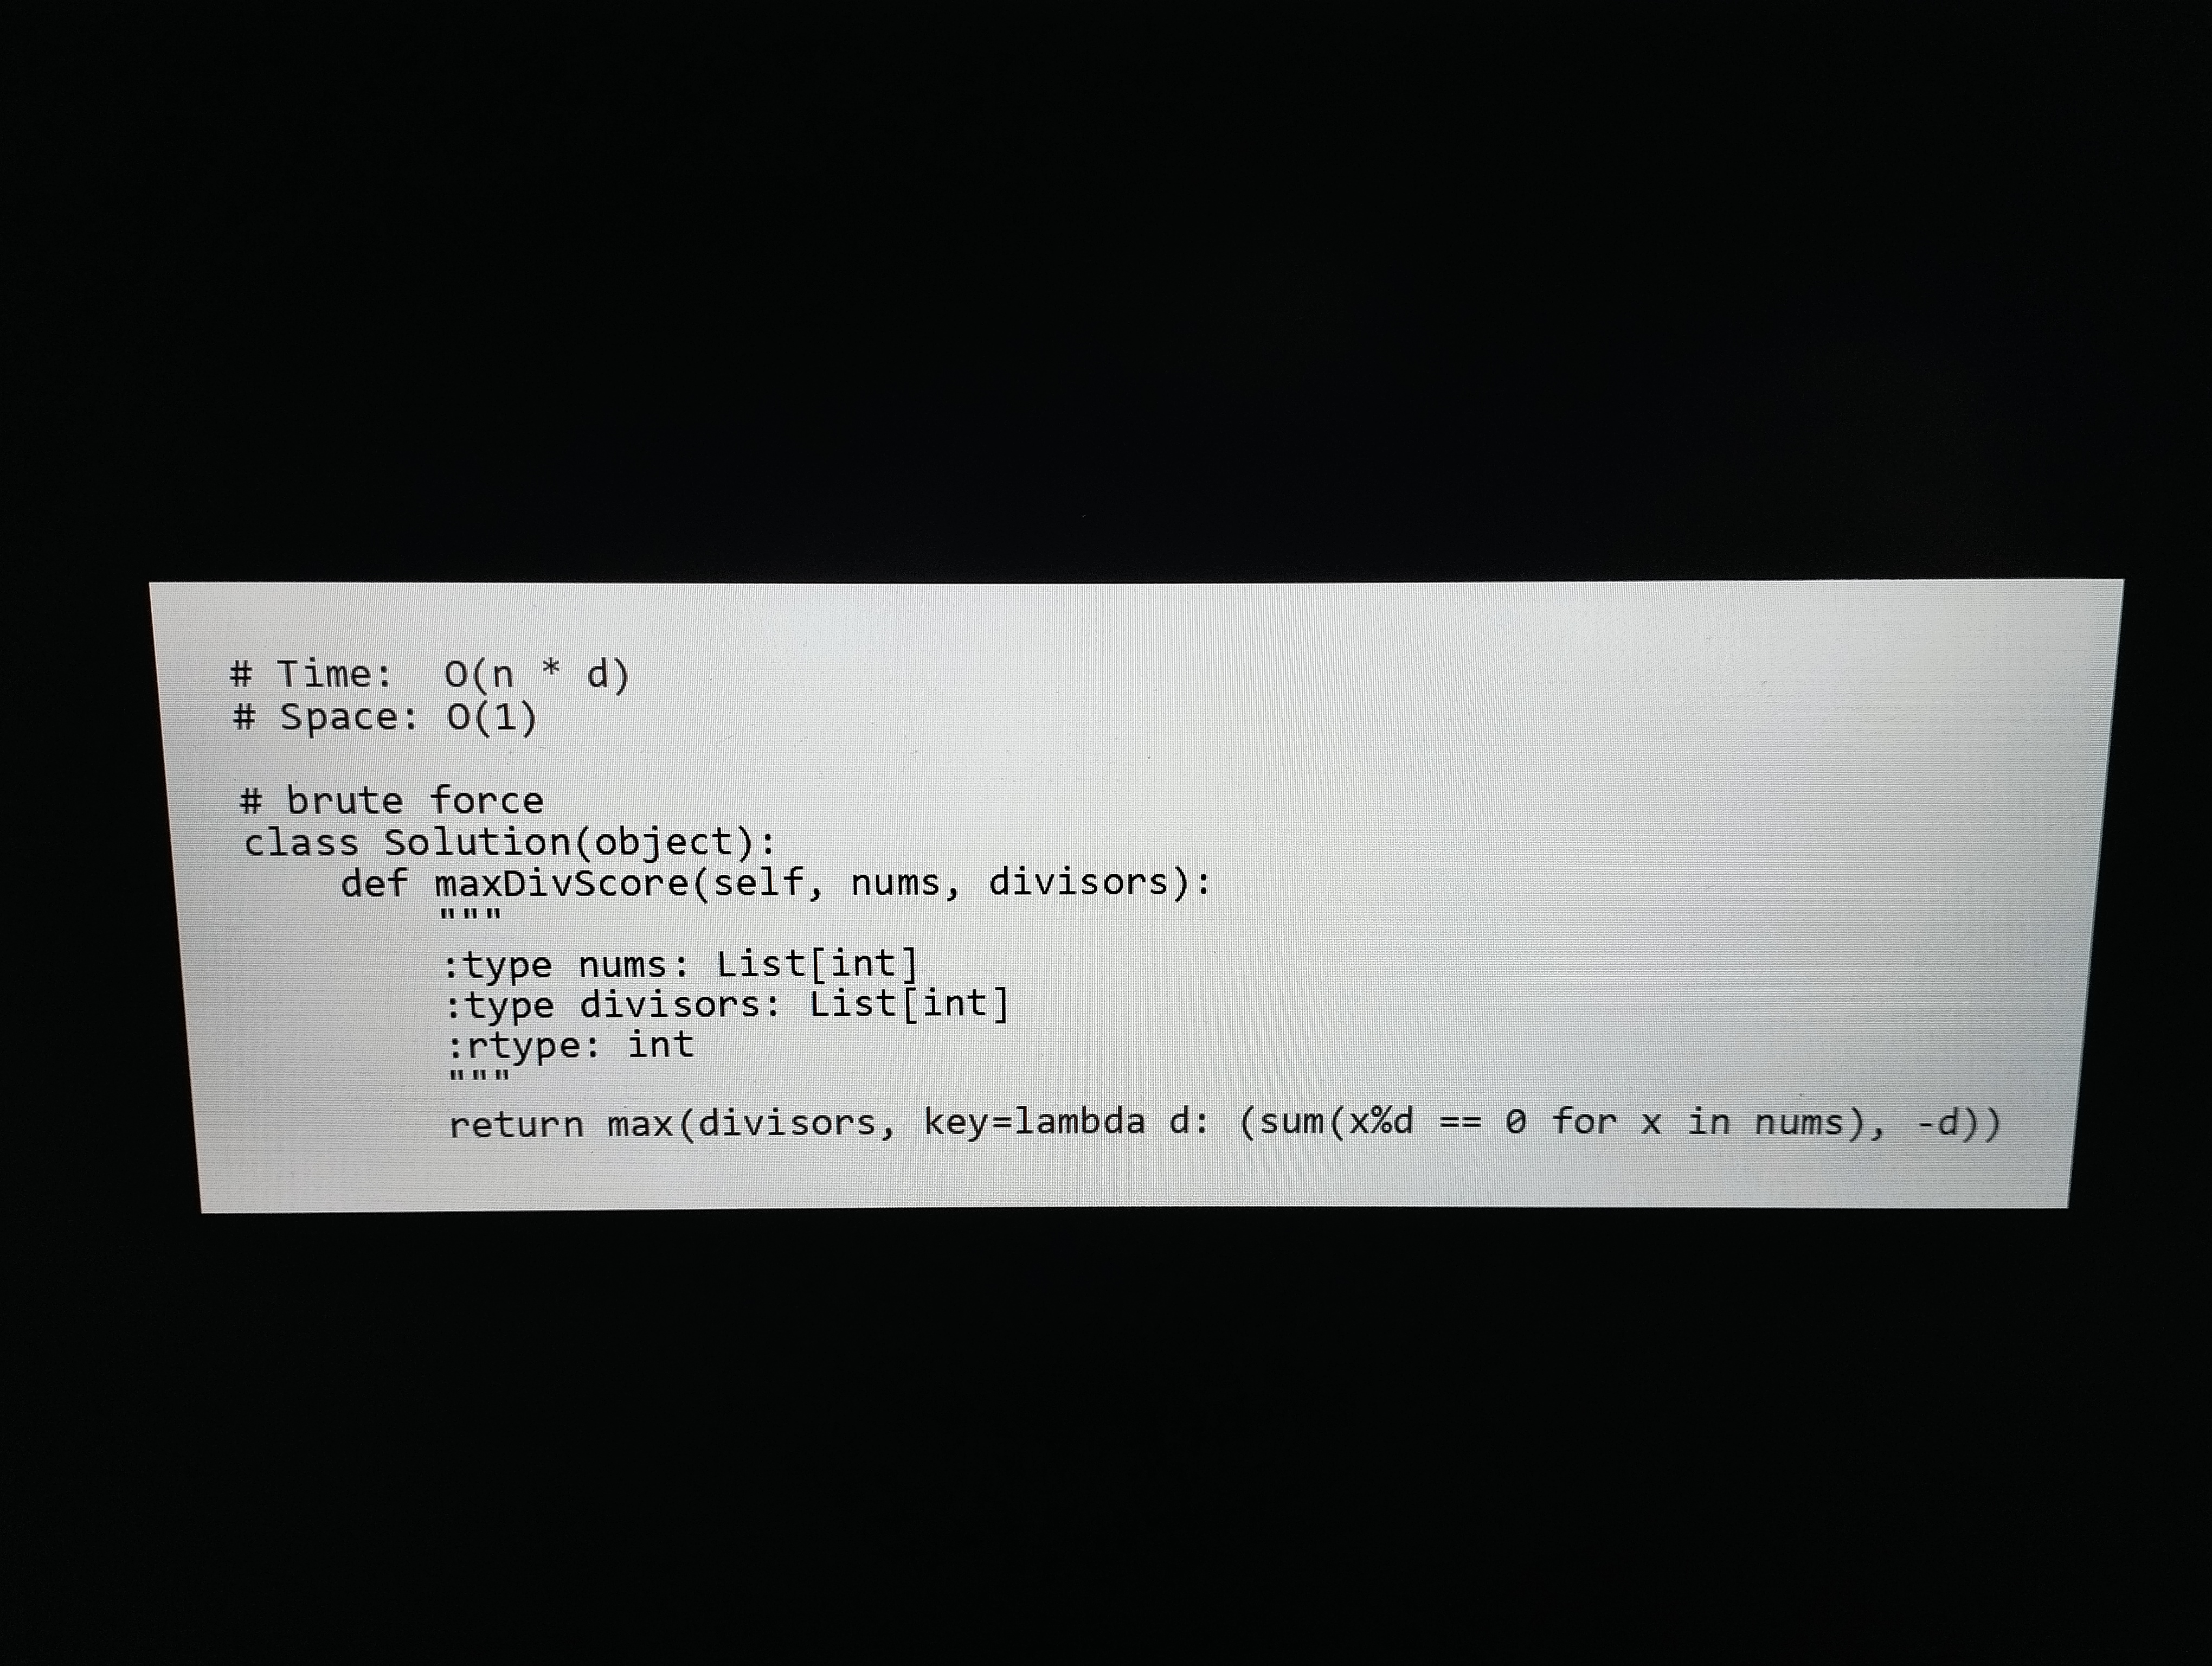
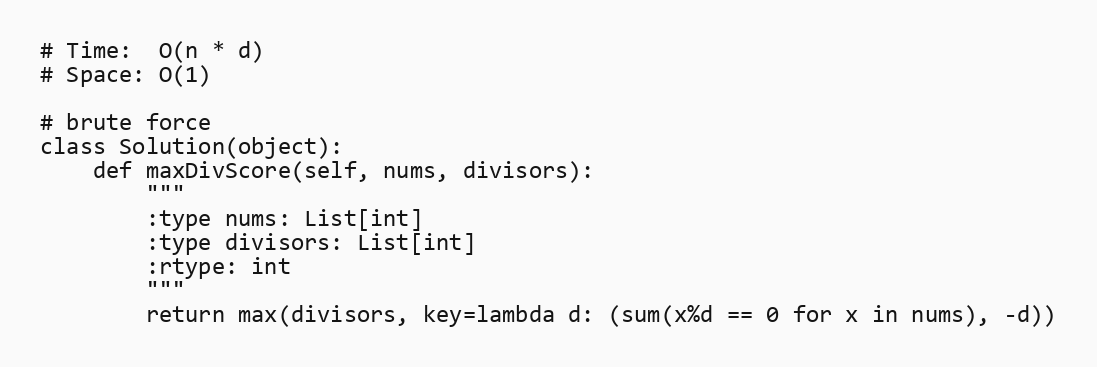
# Time:  O(n * d)
# Space: O(1)

# brute force
class Solution(object):
    def maxDivScore(self, nums, divisors):
        """
        :type nums: List[int]
        :type divisors: List[int]
        :rtype: int
        """
        return max(divisors, key=lambda d: (sum(x%d == 0 for x in nums), -d))